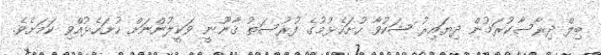
ބިލް ދިރާސާކުރަމުން ދިޔައިރު ޝަކުވާ ހުށަހެޅުމުގެ ފުރުސަތު ޤާނޫނީ ވަކީލުންނަށް ހުށަހެޅުއްވި ކަމަށެވެ.